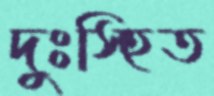
দুঃস্হিত